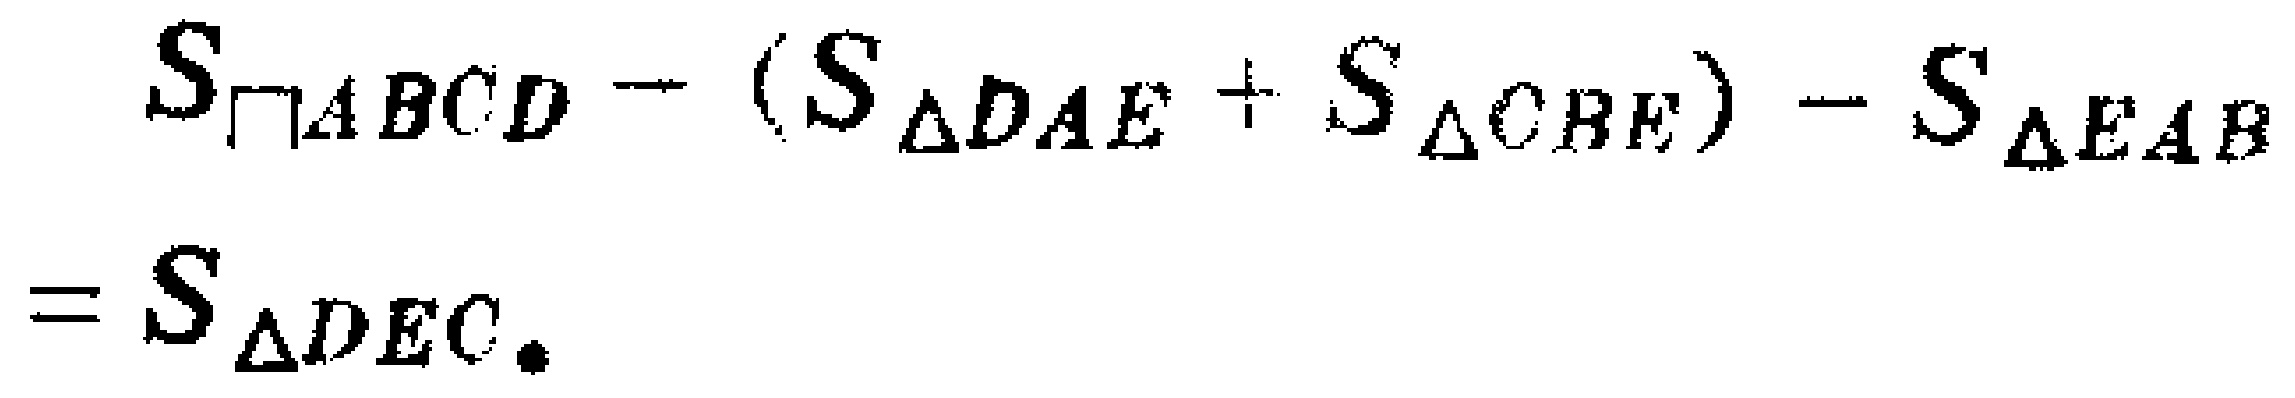
\[

\begin{align*}

S_{\square ABCD}-(S_{\triangle DAE}+S_{\triangle CBE}) - S_{\triangle EAB}\\

=S_{\triangle DEC}.

\end{align*}

\]